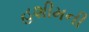
હશીમની